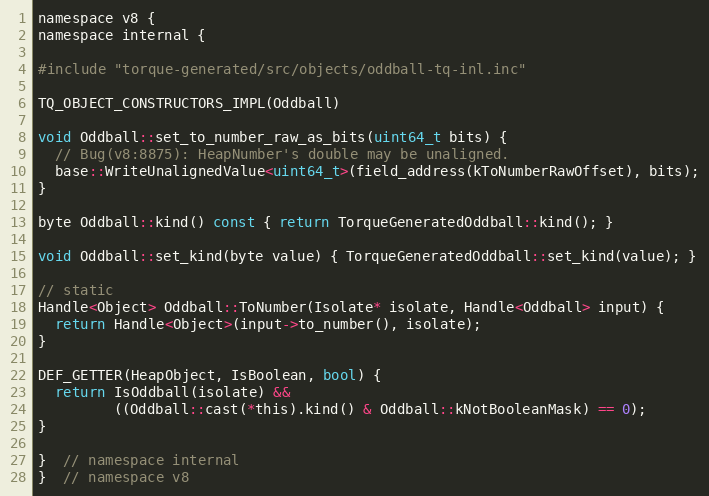
Language: C
namespace v8 {
namespace internal {

#include "torque-generated/src/objects/oddball-tq-inl.inc"

TQ_OBJECT_CONSTRUCTORS_IMPL(Oddball)

void Oddball::set_to_number_raw_as_bits(uint64_t bits) {
  // Bug(v8:8875): HeapNumber's double may be unaligned.
  base::WriteUnalignedValue<uint64_t>(field_address(kToNumberRawOffset), bits);
}

byte Oddball::kind() const { return TorqueGeneratedOddball::kind(); }

void Oddball::set_kind(byte value) { TorqueGeneratedOddball::set_kind(value); }

// static
Handle<Object> Oddball::ToNumber(Isolate* isolate, Handle<Oddball> input) {
  return Handle<Object>(input->to_number(), isolate);
}

DEF_GETTER(HeapObject, IsBoolean, bool) {
  return IsOddball(isolate) &&
         ((Oddball::cast(*this).kind() & Oddball::kNotBooleanMask) == 0);
}

}  // namespace internal
}  // namespace v8